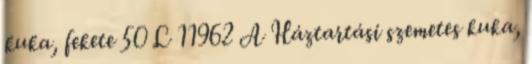
kuka, fekete 50 L 11962 A Háztartási szemetes kuka,